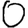
Digit: 0